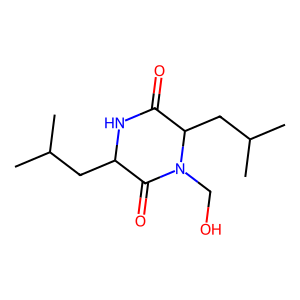
SMILES: CC(C)CC1NC(=O)C(CC(C)C)N(CO)C1=O
Inhibits HIV replication: No